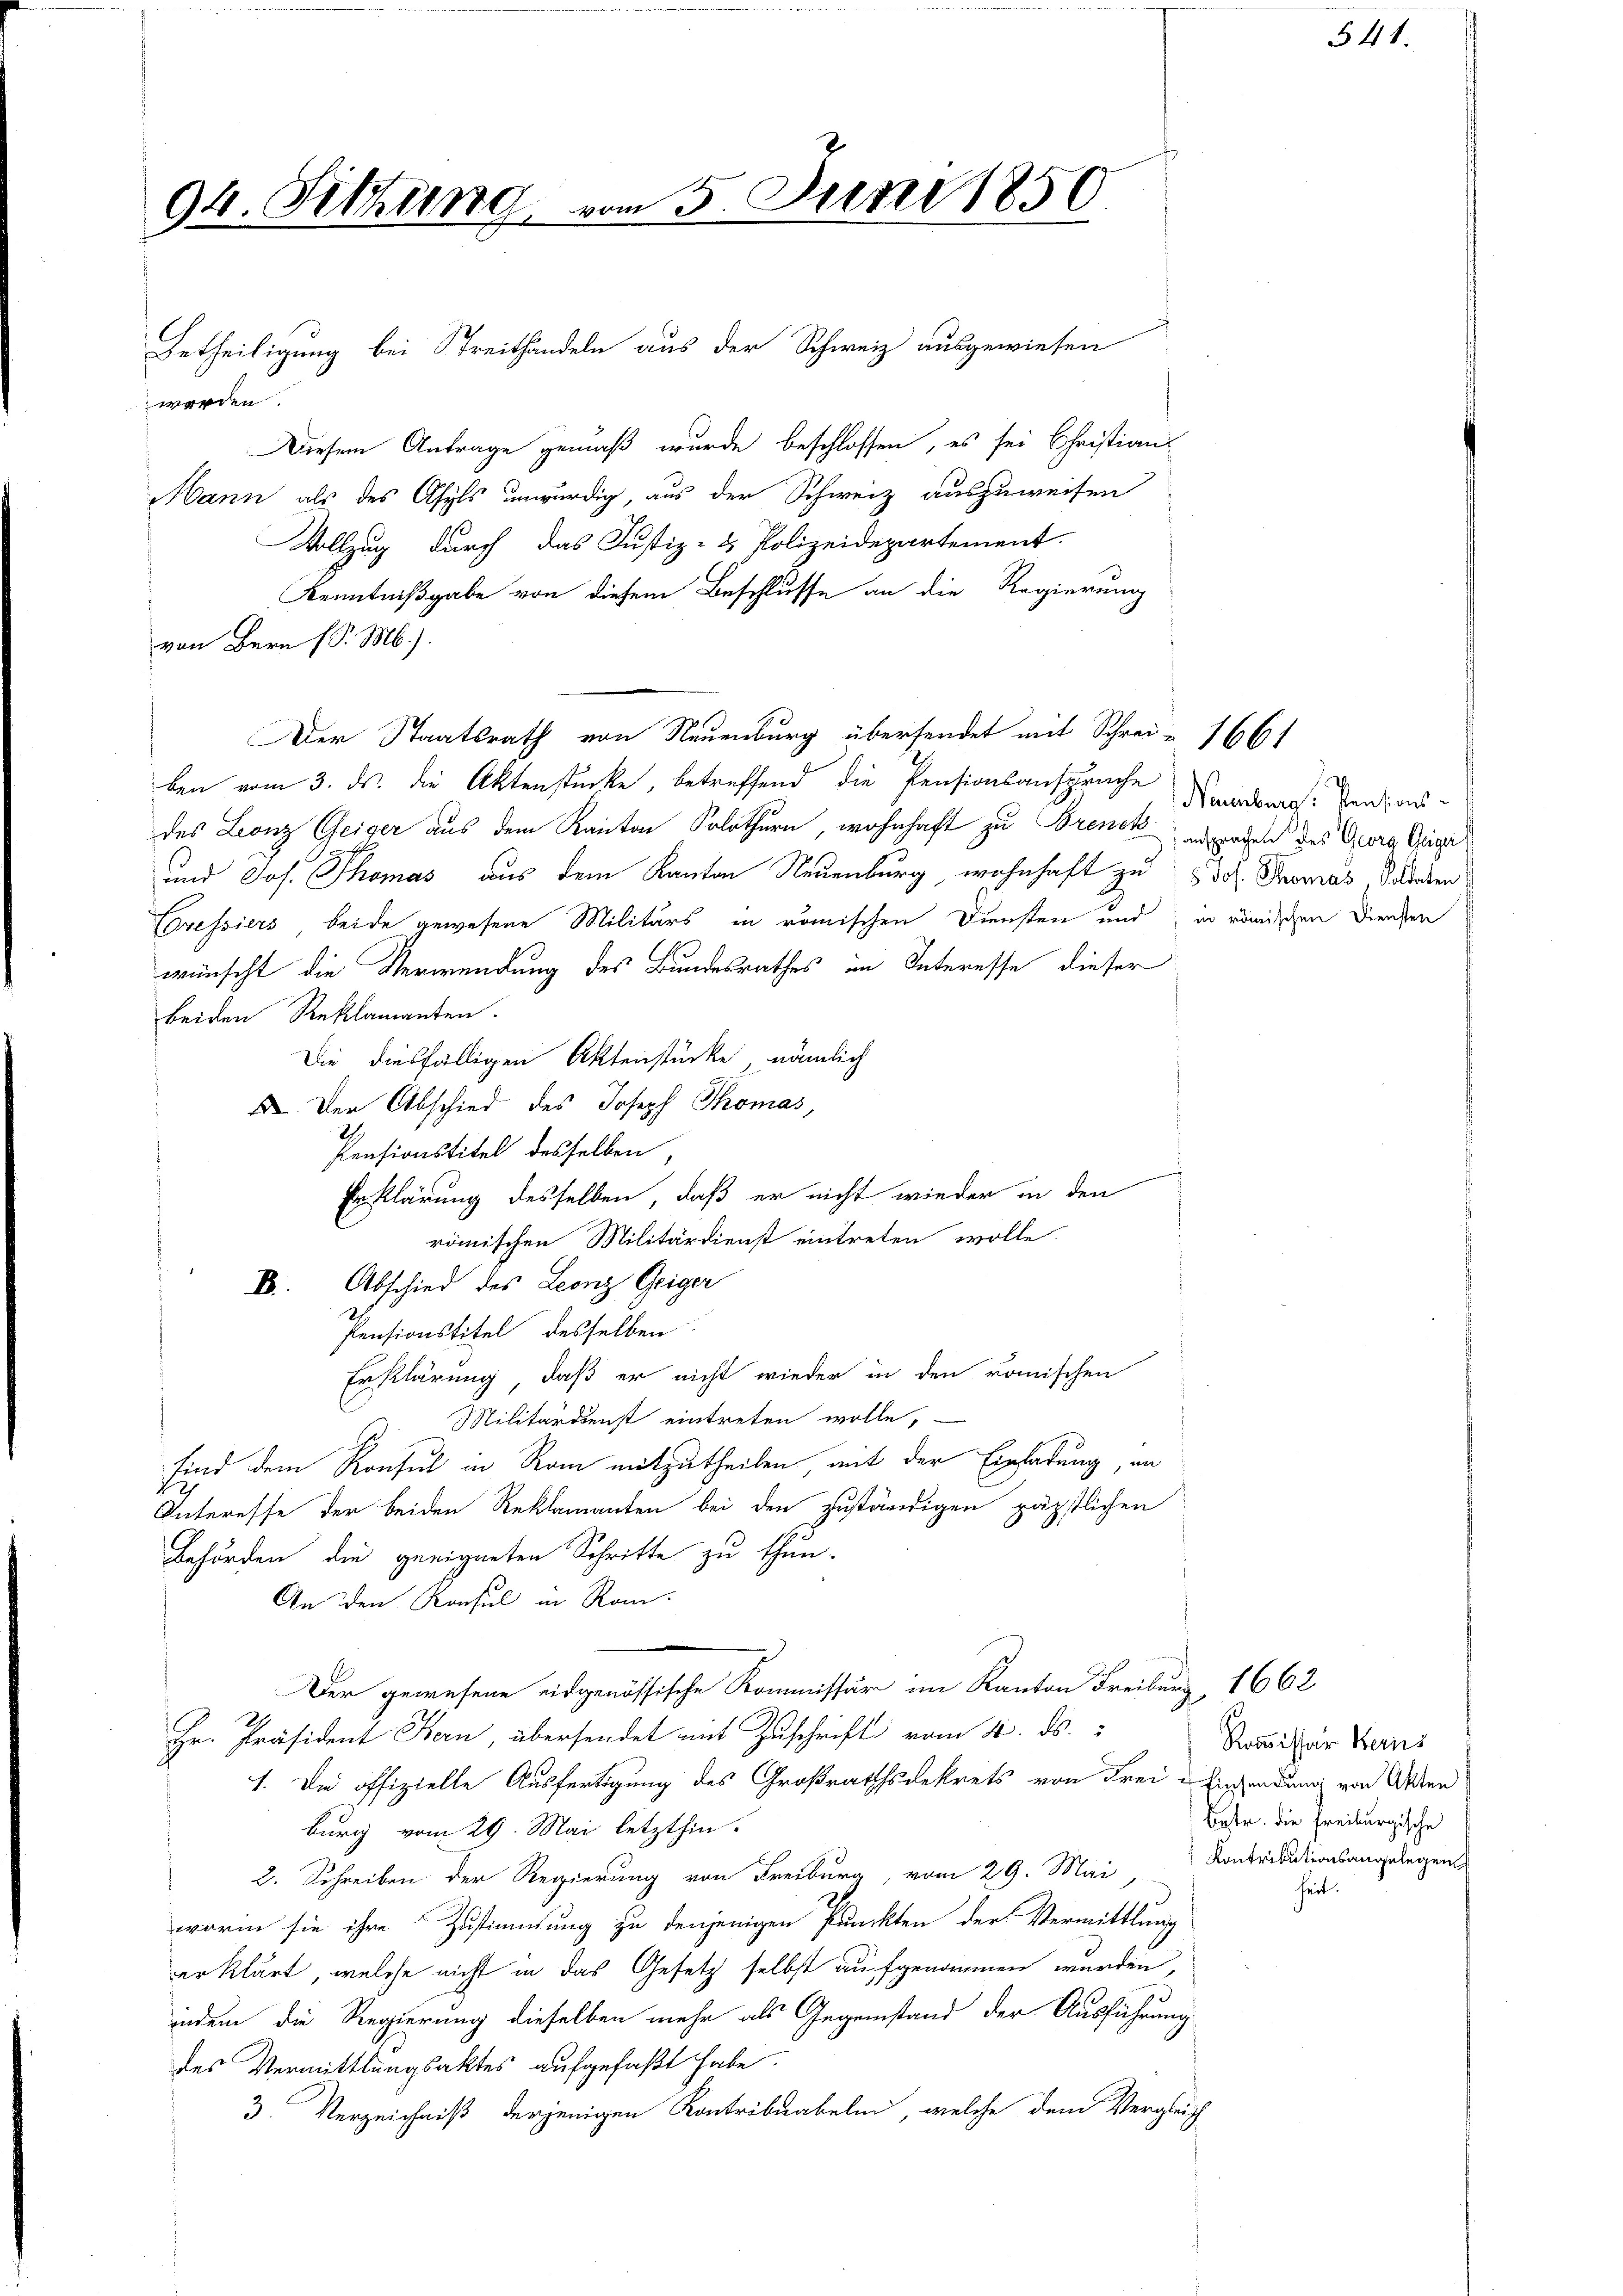
94. Sitzung
.

vom 5. Juni 1850

Betheiligung bei Streithandeln aus der Schweiz ausgewiesen
werden.
Diesem Antrage gemäß wurde beschlossen, es sei Christian
Mann als des Asyls unwürdig, aus der Schweiz auszuweisen
Vollzug durch das Justiz- & Polizeidepartement.
Kenntnißgabe von diesem Beschlusse an die Regierung
von Bern (S. M.).
Der Staatsrath von Neuenburg übersendet mit Schrei- 1661
ben vom 3. ds. die Aktenstücke, betreffend die Pensionsansprüche Kinden Pensionsdes Leonz Geiger aus dem Kanton Solothurn, wohnhaft zu Brenck erragen des Georg Griga
und Jos. Thomas aus dem Kanton Neuenburg, wohnhaft zu 3. Thomas Schaden
Coressiers, beide gewesene Militärs in römischen Diensten und in römischen Diensten
wünscht die Verwendung des Bundesrathes im Interesse dieser
beiden Reklamanten.
Die diesfälligen Aktenstücke, nämlich
 Der Abschied des Joseph Thomas,
Ih
Pensionstitel desselben,
Erklärung desselben, daß er nicht wieder in den
römischen Militärdienst eintreten wolle.
I. Abschied des Leonz Geiger
Pensionstitel desselben
Erklärung, daß er nicht wieder in den römischen
Militärdienst eintreten wolle,
sind dem Konsul in Rom mitzutheilen mit der Einladung, an
Interesse der beiden Reklamanten bei den zuständigen päpstlichen
Behörden die geeigneten Schritte zu thun.
An den Konsul in Rom.
Der gewesene eidgenössische Kommissär im Kanton Freiburg, 1662
Hr. Präsident Bern, übersendet mit Zuschrift vom 4. ds.
1. Die offizielle Ausfertigung des Großrathsdekrets von Frei Einsendung von Akten
burg vom 29. Mai letzthin.
2. Schreiben der Regierung von Freiburg, vom 29. Mai Kontributionsangelegen
worin sie ihre Zustimmung zu denjenigen Punckten der Vermittlung
erklärt, welche nicht in das Gesetz selbst aufgenommen wurden,
indem die Regierung dieselben mehr als Gegenstand der Ausführung
des Vermittlungsaktes aufgefaßt habe.
3. Verzeichniß derjenigen Kontribuabeln, welche dem Vergleich

Kommissar Kerns
Eptr. die Freiburgische

heit.

541.